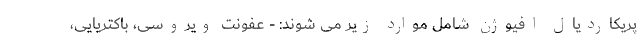
پریکاردیال افیوژن شامل موارد زیر می شوند: - عفونت ویروسی، باکتریایی،